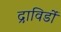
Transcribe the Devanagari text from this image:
द्राविडों